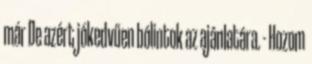
már De azért jókedvűen bólintok az ajánlatára. - Hozom